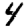
Digit: 4